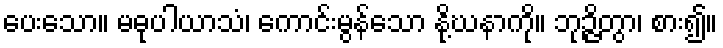
ပေးသော။ မဓုပါယာသံ၊ ကောင်းမွန်သော နို့ဃနာကို။ ဘုဉ္ဇိတွာ၊ စား၍။